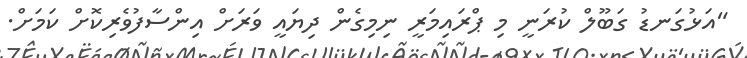
"އަޅުގަނޑު ގަބޫލް ކުރަނީ މި ޕްރައިމަރީ ނިމިގެން ދިޔައީ ވަރަށް އިންސާފުވެރިކޮށް ކަމަށް.